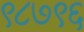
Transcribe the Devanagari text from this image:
९८७९६